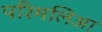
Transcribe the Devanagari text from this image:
परिमलिआ